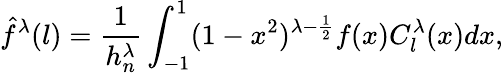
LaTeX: \hat{f}^{\lambda}(l)=\frac{1}{h_{n}^{\lambda}}\int_{-1}^{1}(1-x^{2})^{\lambda-\frac{1}{2}}f(x)C_{l}^{\lambda}(x)dx,